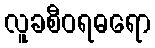
လူခစီဝရဓရော